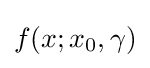
f(x;x_{0},\gamma )